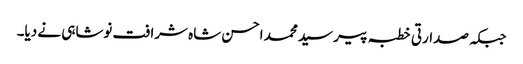
جبکہ صدارتی خطبہ پیر سید محمد احسن شاہ شرافت نوشاہی نے دیا۔